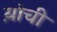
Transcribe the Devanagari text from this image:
य़ांची